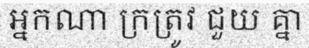
អ្នកណា ក្រត្រូវ ជួយ គ្នា